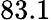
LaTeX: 83.1